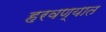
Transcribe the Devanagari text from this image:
हरवण्यात